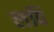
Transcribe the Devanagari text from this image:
लविं